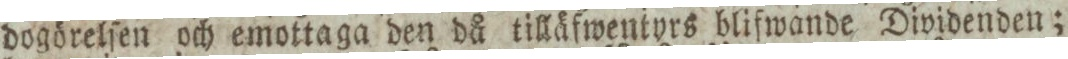
dogörelſen och emottaga den då tilläfwentyrs blifwande Dividenden;